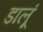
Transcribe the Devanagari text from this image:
डालूं